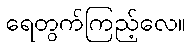
ရေတွက်ကြည့်လေ။